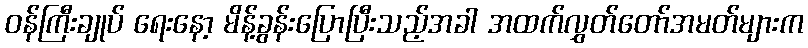
ဝန်ကြီးချုပ် ရေးနော့ မိန့်ခွန်းပြောပြီးသည့်အခါ အထက်လွှတ်တော်အမတ်များက